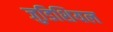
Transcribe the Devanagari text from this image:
जुडिशियल